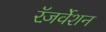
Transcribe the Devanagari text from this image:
रॅज़र्वेशन